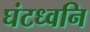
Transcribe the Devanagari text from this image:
घंटध्वनि